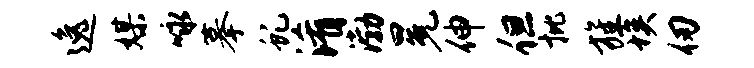
逸媒咏摹虬淆渤冕伸但批旌埃仞